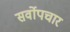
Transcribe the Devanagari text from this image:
सर्वोपचार